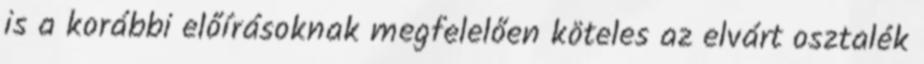
is a korábbi előírásoknak megfelelően köteles az elvárt osztalék